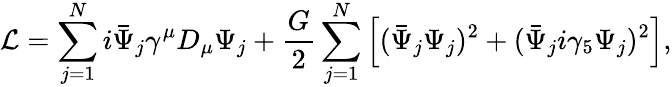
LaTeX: {\cal L}=\sum_{j=1}^{N}i\bar{\Psi}_{j}\gamma^{\mu}D_{\mu}\Psi_{j}+\frac{G}{2}\sum_{j=1}^{N}\left[(\bar{\Psi}_{j}\Psi_{j})^{2}+(\bar{\Psi}_{j}i\gamma_{5}\Psi_{j})^{2}\right],